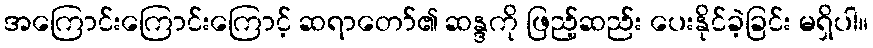
အကြောင်းကြောင်းကြောင့် ဆရာတော်၏ ဆန္ဒကို ဖြည့်ဆည်း ပေးနိုင်ခဲ့ခြင်း မရှိပါ။